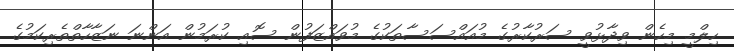
ހިލްމީ މިހެން ވިދާޅުވީ ސަރުކާރުގެ މުއައްސަސާތަކުގެ މުވައްޒަފުން ސޮއި ކުރަމުން އަންނަ ނަޒާހާތްތެރިކަމުގެ